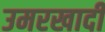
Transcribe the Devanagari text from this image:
उमरखादी